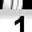
Digit: 1